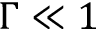
\Gamma \ll 1